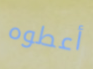
أعطوه